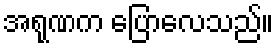
အရုဏက ပြောလေသည်။